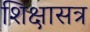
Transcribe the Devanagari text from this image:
शिक्षासत्र